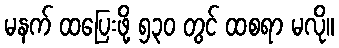
မနက် ထပြေးဖို့ ၅၃၀ တွင် ထစရာ မလို။